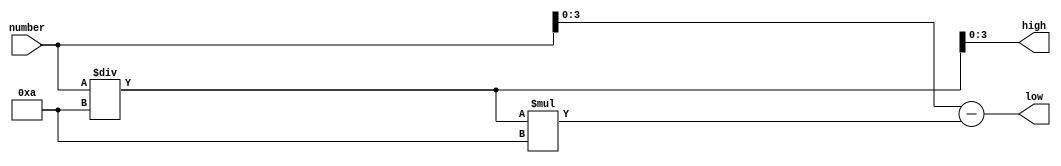
module number_split_4(number,
               high, low);
    input [4:0] number;
    output [3:0] high, low;
    reg [3:0] high;
    reg [3:0] low;
    
    always@(*)
	    begin
            high = number / 10;
            low = number - number / 10 * 10;
	    end
endmodule